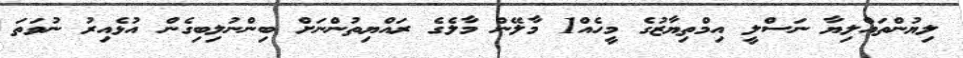
ލިޔުންތައްލިޔާ ނަސްލީ އިމްތިޔާޒުގެ މީހެއް1 މާލޭން މާލެގެ ރައްޔިތުންނަށް ބިންނުލިބިގެން އުޅެއިރު ނުވަތަ